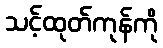
သင့်ထုတ်ကုန်ကို